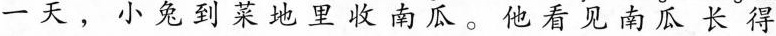
一天，小兔到菜地里收南瓜。 看见南瓜长得